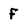
Character: F